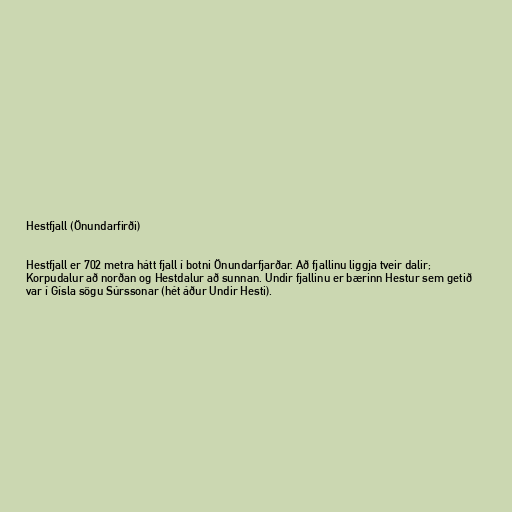
Hestfjall (Önundarfirði)

Hestfjall er 702 metra hátt fjall í botni Önundarfjarðar. Að fjallinu liggja tveir dalir;
Korpudalur að norðan og Hestdalur að sunnan. Undir fjallinu er bærinn Hestur sem getið
var í Gísla sögu Súrssonar (hét áður Undir Hesti).